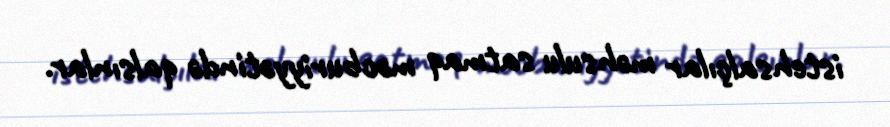
istehsalçılar məhsulu satmaq məcburiyyətində qalsınlar.